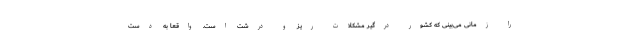
را زمانی می‌بینی که کشور درگیر مشکلات ریز و درشت است. واقعا به دست